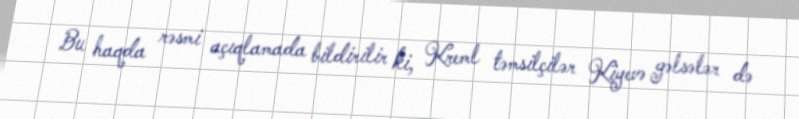
Bu haqda rəsmi açıqlamada bildirilir ki, Kreml təmsilçilər Kiyevə gəlsələr də